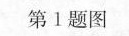
第Ⅰ题图